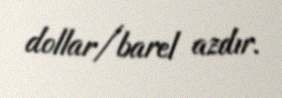
dollar/barel azdır.